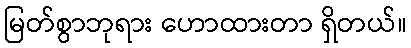
မြတ်စွာဘုရား ဟောထားတာ ရှိတယ်။